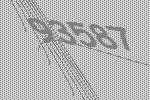
93587